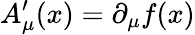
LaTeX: A_{\mu}^{\prime}(x)=\partial_{\mu}f(x)